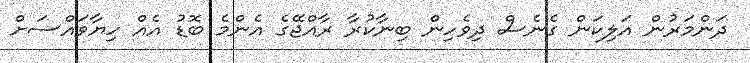
ދަންމަރުން އަލިކަން ގެނެސް ދިވެހިން ބިނާކުރާ ރާއްޖޭގެ އެންމެ ބޮޑު އެއް ހިޔާވައްސަށް